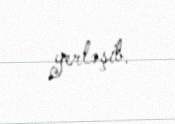
yerləşib.